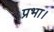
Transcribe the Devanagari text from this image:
प्रभा।